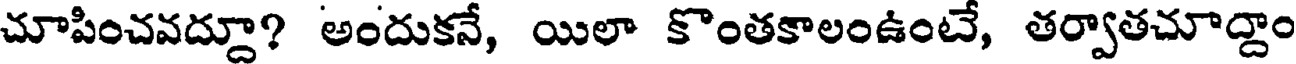
చూపించవద్దూ? అందుకనే, యిలా కొంతకాలంఉంటే, తర్వాతచూద్దాం